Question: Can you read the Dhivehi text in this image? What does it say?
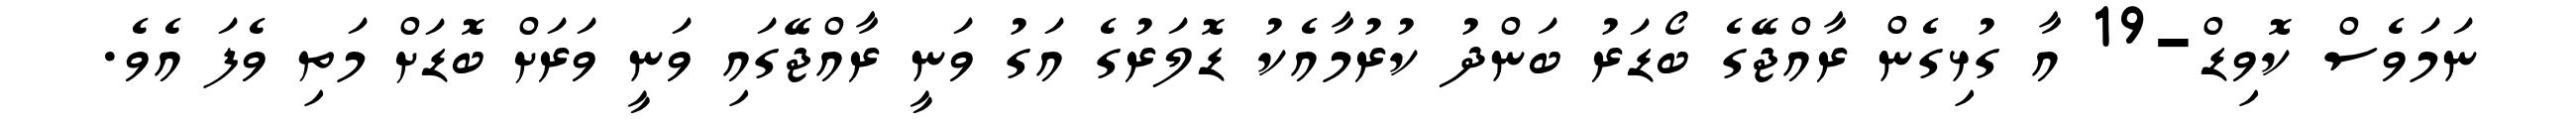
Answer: ނަމަވެސް ކޮވިޑް-19 އާ ގުޅިގެން ރާއްޖޭގެ ބޯޑަރު ބަންދު ކުރުމާއެކު ޑޮލަރުގެ އަގު ވަނީ ރާއްޖޭގައި ވަނީ ވަރަށް ބޮޑަށް މަތި ވެފަ އެވެ.